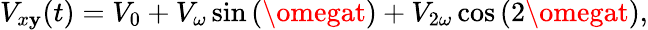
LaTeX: V_{x\mathbf{y}}(t)=V_{0}+V_{\omega}\sin{(\omegat)}+V_{2\omega}\cos{(2\omegat)},